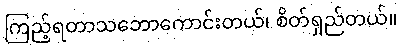
ကြည့်ရတာသဘောကောင်းတယ်၊ စိတ်ရှည်တယ်။